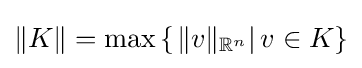
\|K\|=\max \left\{\left.\|v\|_{\mathbb {R} ^{n}}\right|v\in K\right\}